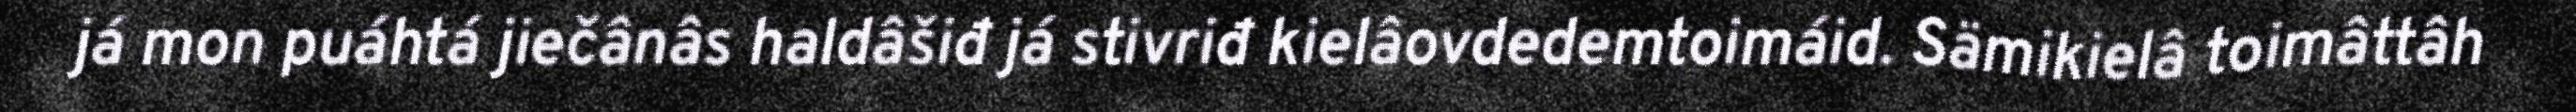
já mon puáhtá jiečânâs haldâšiđ já stivriđ kielâovdedemtoimáid. Sämikielâ toimâttâh